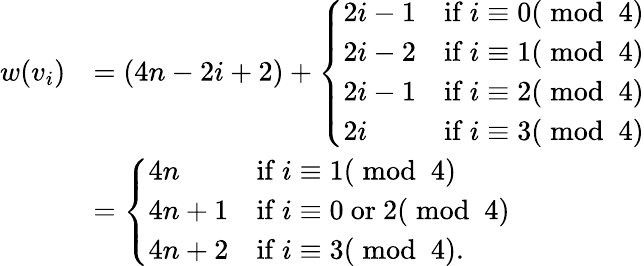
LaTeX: \begin{array}{rl}{w(v_{i})}&{=(4n-2i+2)+\left\{ \begin{array}{ll}{2i-1}&{\mathrm{if~}i\equiv 0(\bmod~4)}\\ {2i-2}&{\mathrm{if~}i\equiv 1(\bmod~4)}\\ {2i-1}&{\mathrm{if~}i\equiv 2(\bmod~4)}\\ {2i}&{\mathrm{if~}i\equiv 3(\bmod~4)}\end{array}\right.}\\ &{=\left\{ \begin{array}{ll}{4n}&{\mathrm{if~}i\equiv 1(\bmod~4)}\\ {4n+1}&{\mathrm{if~}i\equiv 0\mathrm{~or~}2(\bmod~4)}\\ {4n+2}&{\mathrm{if~}i\equiv 3(\bmod~4).}\end{array}\right.}\end{array}